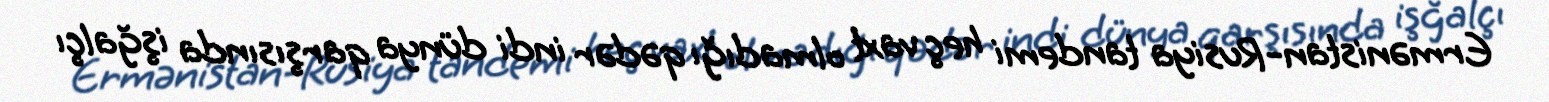
Ermənistan-Rusiya tandemi heç vaxt olmadığı qədər indi dünya qarşısında işğalçı